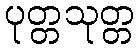
ပုတ္တသုတ္တ